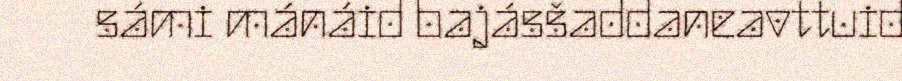
sámi mánáid bajásšaddaneavttuid